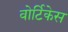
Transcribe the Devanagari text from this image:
वोर्टिकेस